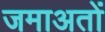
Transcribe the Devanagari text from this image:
जमाअतों